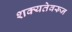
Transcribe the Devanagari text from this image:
शक्यतेवरून